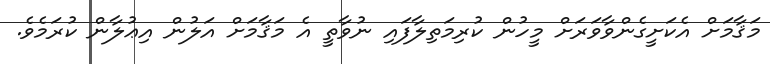
މަޤާމަށް އެކަށީގެންވާވަރަށް މީހުން ކުރިމަތިލާފައި ނުވާތީ އެ މަޤާމަށް އަލުން އިޢުލާން ކުރަމެވެ.